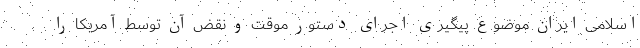
اسلامی ایران موضوع پیگیری اجرای دستور موقت و نقض آن توسط آمریکا را